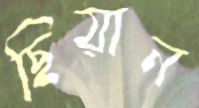
ছিয়ান